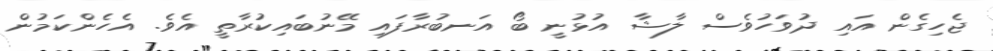
ޖެހިގެން އައި ދުވަހުވެސް ލާޝާ އުޅުނީ ބޯ އަނބުރާފައި މޭނުބައިކުރާތީ އެވެ. އެހެންކަމުން